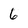
Character: 6